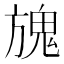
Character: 𩲌